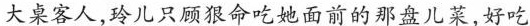
大桌客人,玲儿只顾狠命吃她面前的那盘儿菜,好吃